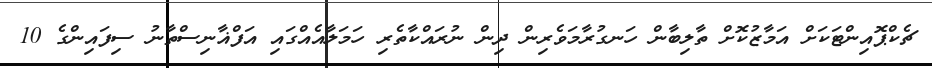
ޗެކްޕޮއިންޓަކަށް އަމާޒުކޮށް ތާލިބާން ހަނގުރާމަވެރިން ދިން ނުރައްކާތެރި ހަމަލާއެއްގައި އަފްޣާނިސްތާނު ސިފައިންގެ 10